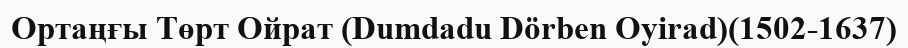
Ортаңғы Төрт Ойрат (Dumdadu Dörben Oyirad)(1502-1637)